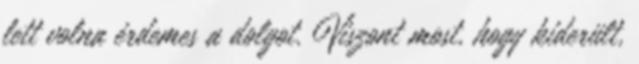
lett volna érdemes a dolgot. Viszont most, hogy kiderült,